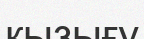
қызығу